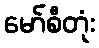
မော်စီတုံး